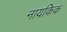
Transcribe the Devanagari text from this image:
नायकिक